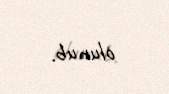
olunub.